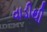
વાડીથી